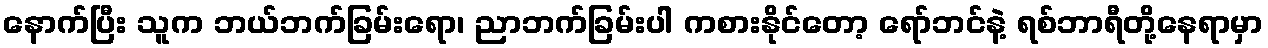
နောက်ပြီး သူက ဘယ်ဘက်ခြမ်းရော၊ ညာဘက်ခြမ်းပါ ကစားနိုင်တော့ ရော်ဘင်နဲ့ ရစ်ဘာရီတို့နေရာမှာ